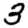
Digit: 3